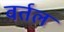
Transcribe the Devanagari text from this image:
वर्तल